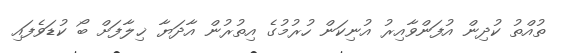
ތުއްތު ކުދިން އުފަންވާއިރު އުނިކަން ހުރުމުގެ އިތުރުން އާދަޔާ ޚިލާފަށް ބޯ ކުޑަވެފައި